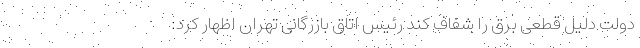
دولت دلیل قطعی برق را شفاف کند رئیس اتاق بازرگانی تهران اظهار کرد: